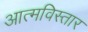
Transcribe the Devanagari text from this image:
आत्मविस्तार